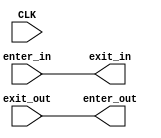
`timescale 1ns / 1ps
/*
 * This software is Copyright (c) 2018 Denis Burykin
 * [denis_burykin yahoo com], [denis-burykin2014 yandex ru]
 * and it is hereby released to the general public under the following terms:
 * Redistribution and use in source and binary forms, with or without
 * modification, are permitted.
 *
 */


module regs2d #( // 2-direction
	parameter IN_WIDTH = -1,
	parameter OUT_WIDTH = -1,
	parameter STAGES = 0 // 0 stages - no registers
	)(
	input CLK,
	//input en,
	input [IN_WIDTH-1:0] enter_in,
	output [OUT_WIDTH-1:0] enter_out,
	output [IN_WIDTH-1:0] exit_in,
	input [OUT_WIDTH-1:0] exit_out
	);


	wire [IN_WIDTH-1:0] stage_in [STAGES:0];
	assign stage_in[0] = enter_in;
	assign exit_in = stage_in [STAGES];

	//wire [STAGES-1:0] stage_en;
	//assign stage_en[0] = en;
	
	wire [OUT_WIDTH-1:0] stage_out [STAGES:0];
	assign enter_out = stage_out[0];
	assign stage_out [STAGES] = exit_out;


	genvar k;
	generate
	// Stages are numbered 1..STAGES
	for (k=1; k <= STAGES; k=k+1) begin:stage

		(* SHREG_EXTRACT="no" *)
		//reg [1 + OUT_WIDTH + IN_WIDTH-1 :0] r = 0;
		reg [OUT_WIDTH + IN_WIDTH-1 :0] r = 0;

		always @(posedge CLK) begin
			//r[OUT_WIDTH + IN_WIDTH] <= stage_en[k-1];
			//if (stage_en[k-1]) begin
				r[IN_WIDTH-1:0] <= stage_in[k-1];
				r[OUT_WIDTH + IN_WIDTH-1 :IN_WIDTH] <= stage_out[k];
			//end
		end

		assign stage_in[k] = r[IN_WIDTH-1:0];
		//assign stage_en[k] = r[OUT_WIDTH + IN_WIDTH];
		assign stage_out[k-1] = r[OUT_WIDTH + IN_WIDTH-1 :IN_WIDTH];
	end
	endgenerate

endmodule